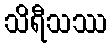
သိရီသဿ